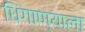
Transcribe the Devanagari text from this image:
धिंगाण्याला